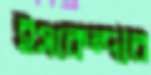
ইসকেন্দার